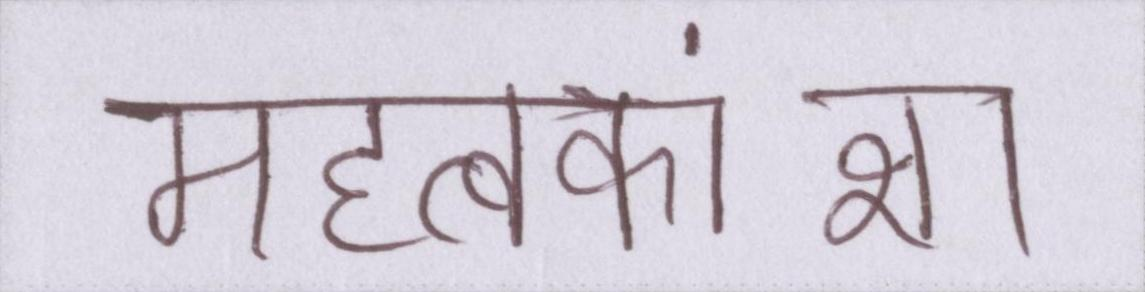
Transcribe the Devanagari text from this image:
महत्वकांक्षा